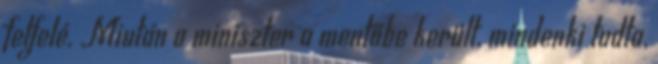
felfelé. Miután a miniszter a mentőbe került, mindenki tudta,